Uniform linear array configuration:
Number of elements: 24
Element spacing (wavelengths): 1
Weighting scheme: cosine
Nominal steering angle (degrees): -30
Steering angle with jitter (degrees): -31.331
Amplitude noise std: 0.05
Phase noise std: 0.05

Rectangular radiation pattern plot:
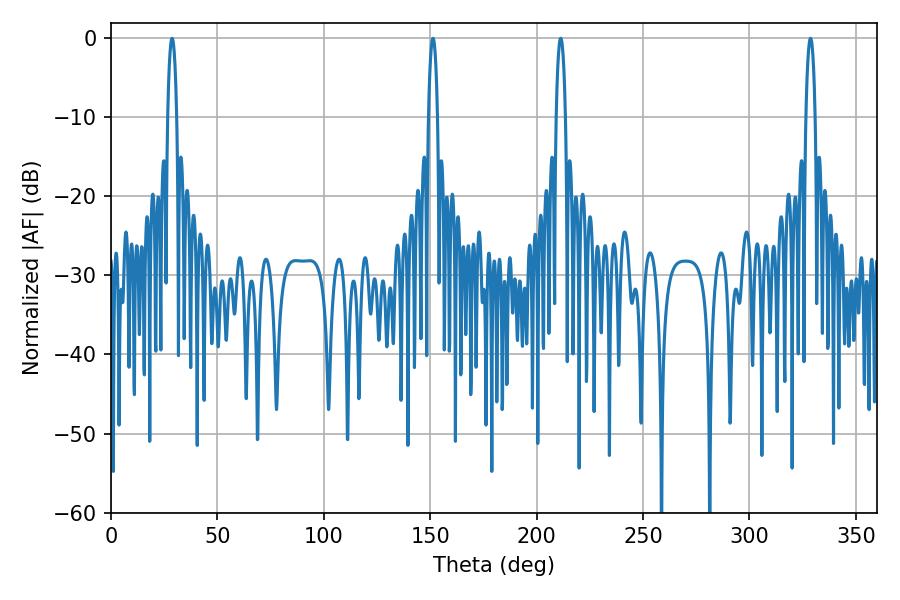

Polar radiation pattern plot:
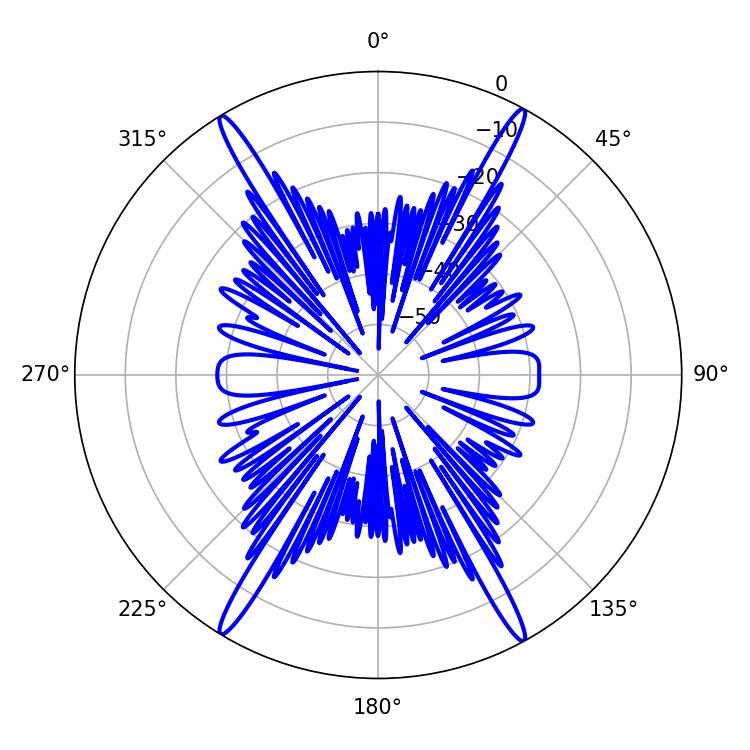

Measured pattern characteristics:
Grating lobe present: TRUE
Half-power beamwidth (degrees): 2.52
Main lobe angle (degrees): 328.68